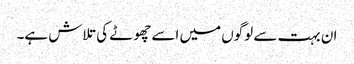
ان بہت سے لوگوں میں اسے چھوٹے کی تلاش ہے۔